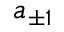
a _ { \pm 1 }